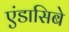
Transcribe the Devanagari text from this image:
एंडासिबे